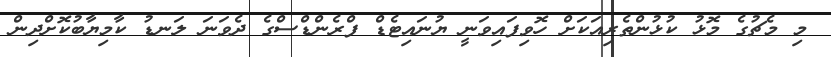
މި މެޗުގެ މޮޅު ކުޅުންތެރިއަކަށް ހޮވިފައިވަނީ ޔުނައިޓެޑް ފްރެންޑްސްގެ ދެވަނަ ލަނޑު ކާމިޔާބުކޮށްދިން